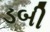
ડબી